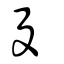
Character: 殳